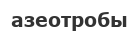
азеотробы